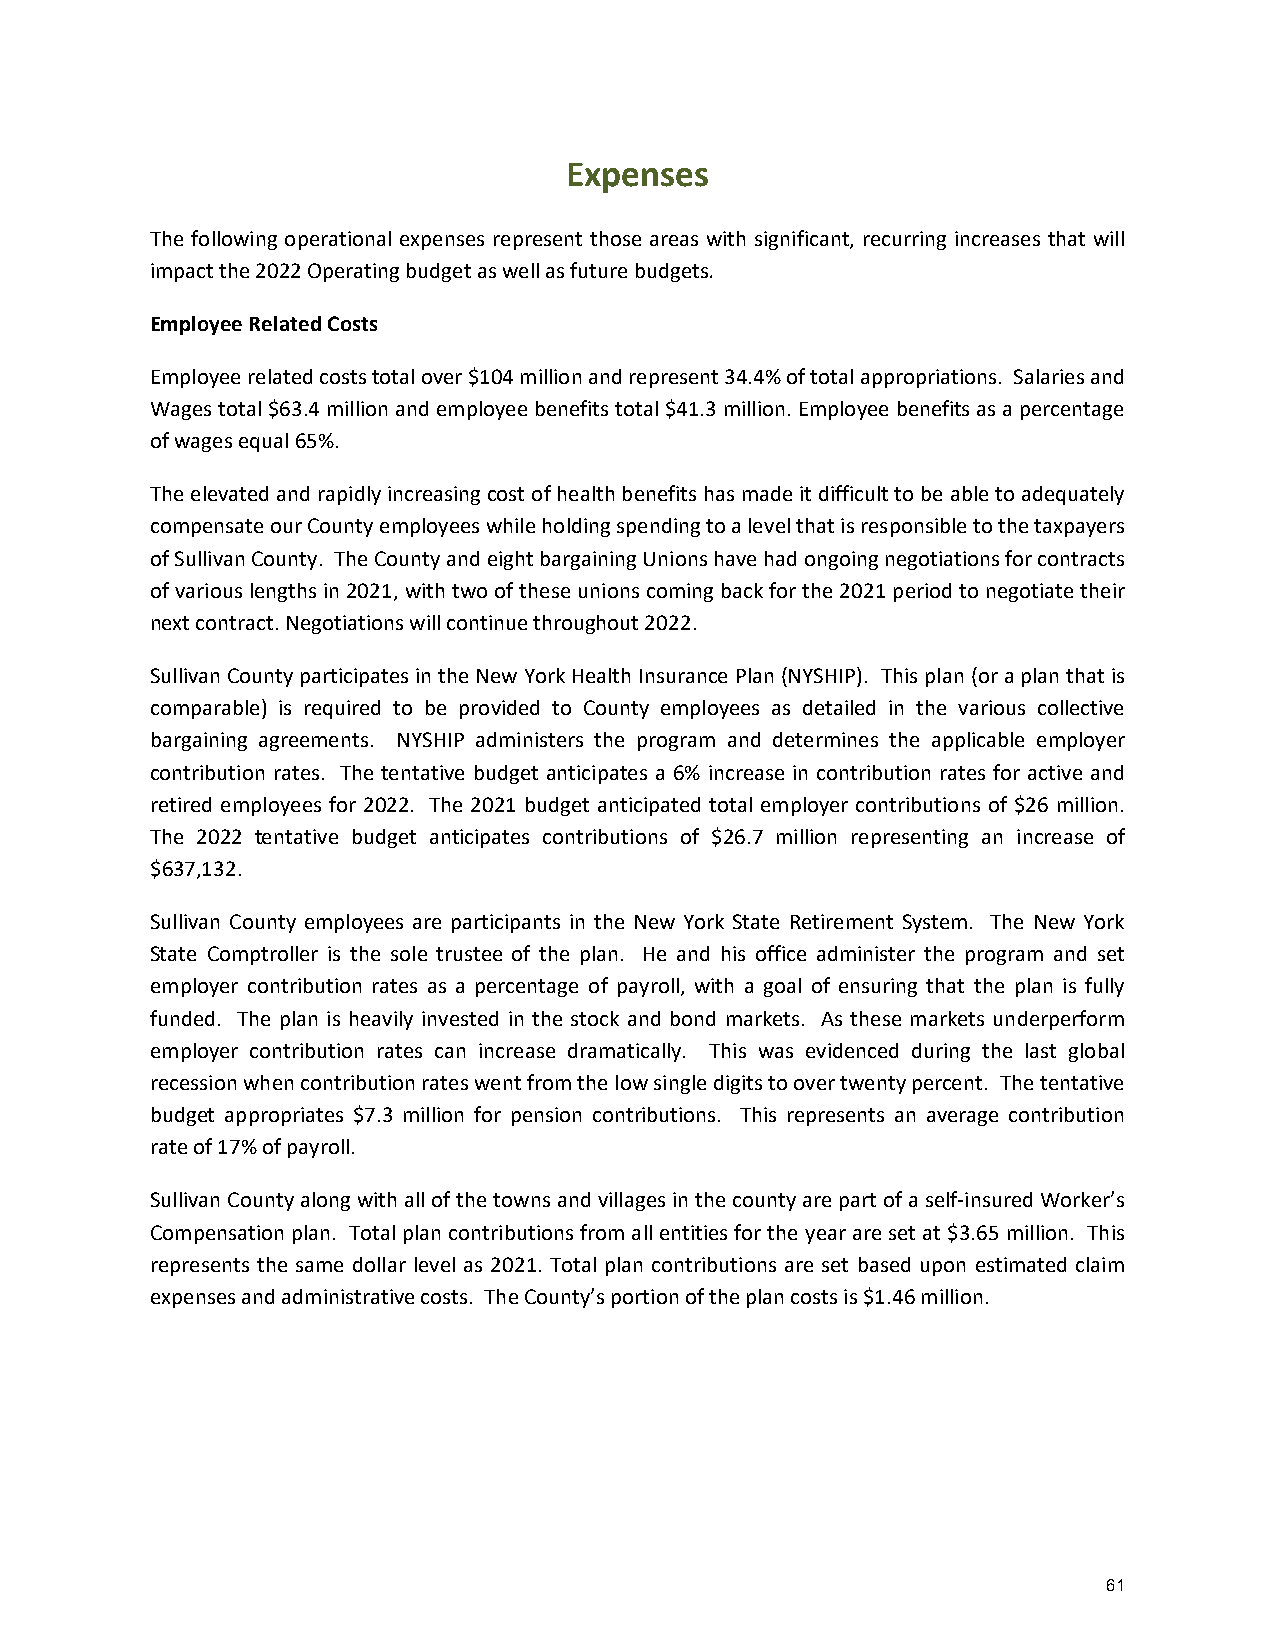
Expenses
 The following operational expenses represent those areas with significant, recurring increases that will
 impact the 2022 Operating budget as well as future budgets.
 Employee Related Costs
 Employee related costs total over $104 million and represent 34.4% of total appropriations. Salaries and
 Wages total $63.4 million and employee benefits total $41.3 million. Employee benefits as a percentage
 of wages equal 65%.
 The elevated and rapidly increasing cost of health benefits has made it difficult to be able to adequately
 compensate our County employees while holding spending to a level that is responsible to the taxpayers
 of Sullivan County. The County and eight bargaining Unions have had ongoing negotiations for contracts
 of various lengths in 2021, with two of these unions coming back for the 2021 period to negotiate their
 next contract. Negotiations will continue throughout 2022.
 Sullivan County participates in the New York Health Insurance Plan (NYSHIP). This plan (or a plan that is
 comparable) is required to be provided to County employees as detailed in the various collective
 bargaining agreements. NYSHIP administers the program and determines the applicable employer
 contribution rates. The tentative budget anticipates a 6% increase in contribution rates for active and
 retired employees for 2022. The 2021 budget anticipated total employer contributions of $26 million.
 The 2022 tentative budget anticipates contributions of $26.7 million representing an increase of
 $637,132.
 Sullivan County employees are participants in the New York State Retirement System. The New York
 State Comptroller is the sole trustee of the plan. He and his office administer the program and set
 employer contribution rates as a percentage of payroll, with a goal of ensuring that the plan is fully
 funded. The plan is heavily invested in the stock and bond markets. As these markets underperform
 employer contribution rates can increase dramatically. This was evidenced during the last global
 recession when contribution rates went from the low single digits to over twenty percent. The tentative
 budget appropriates $7.3 million for pension contributions. This represents an average contribution
 rate of 17% of payroll.
 Sullivan County along with all of the towns and villages in the county are part of a self-insured Worker’s
 Compensation plan. Total plan contributions from all entities for the year are set at $3.65 million. This
 represents the same dollar level as 2021. Total plan contributions are set based upon estimated claim
 expenses and administrative costs. The County’s portion of the plan costs is $1.46 million.
 61